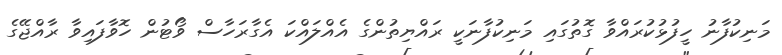
މަނިކުފާނު ހީފުޅުކުރައްވާ ގޮތުގައި މަނިކުފާނަކީ ރައްޔިތުންގެ އެއްލައްކަ އެގާރަހާސް ވޯޓުން ހޮވާފައިވާ ރާއްޖޭގެ